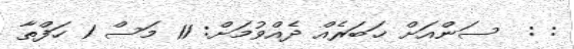
: :  ސަންއަށް ޚަބަރެއް ދެއްވުމަށް: 11 މަސް 1 ހަފްތާ